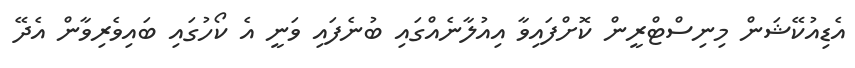
އެޑިއުކޭޝަން މިނިސްޓްރީން ކޮށްފައިވާ އިއުލާނެއްގައި ބުނެފައި ވަނީ އެ ކޯހުގައި ބައިވެރިވާން އެދޭ